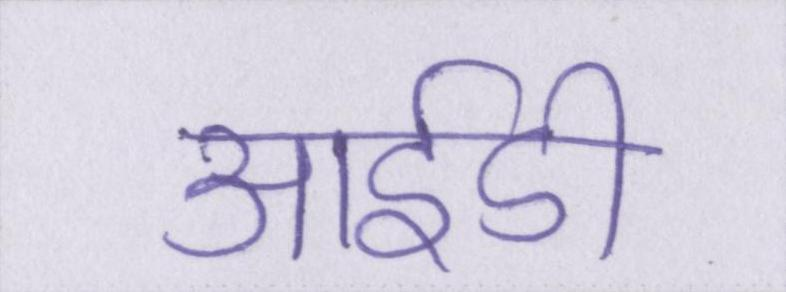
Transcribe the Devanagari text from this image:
आईडी